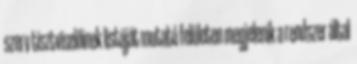
szerv tisztviselőinek listáját mutató felületen megjelenik a rendszer által